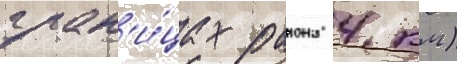
гран'и́цах раиона 4 км)